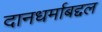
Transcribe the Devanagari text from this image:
दानधर्माबद्दल